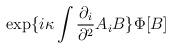
LaTeX: \begin{align*}\exp\{i\kappa\int \frac{\partial_i}{\partial^2}A_iB\}\Phi[B]\end{align*}